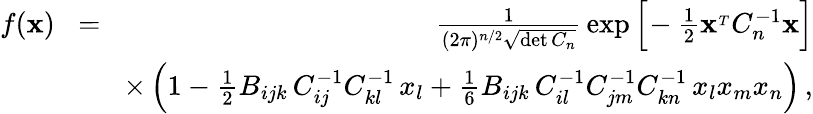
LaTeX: \begin{array}{rlr}{f({\mathbf x})}&{\! =\! }&{{\frac{1}{(2\pi)^{n/2}\sqrt{\operatorname*{det}C_{n}}}}\exp\Big[\! -{\frac{1}{2}}{\mathbf x}^{_T}C_{n}^{-1}{\mathbf x}\Big]}\\ &{}&{\times\left(1-{\frac{1}{2}}B_{ijk}\, C_{ij}^{-1}C_{kl}^{-1}\, x_{l}+{\frac{1}{6}}B_{ijk}\, C_{il}^{-1}C_{jm}^{-1}C_{kn}^{-1}\, x_{l}x_{m}x_{n}\right)\, ,}\end{array}